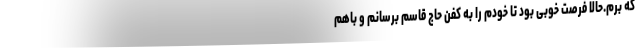
که برم.حالا فرصت خوبی بود تا خودم را به کفن حاج قاسم برسانم و باهم